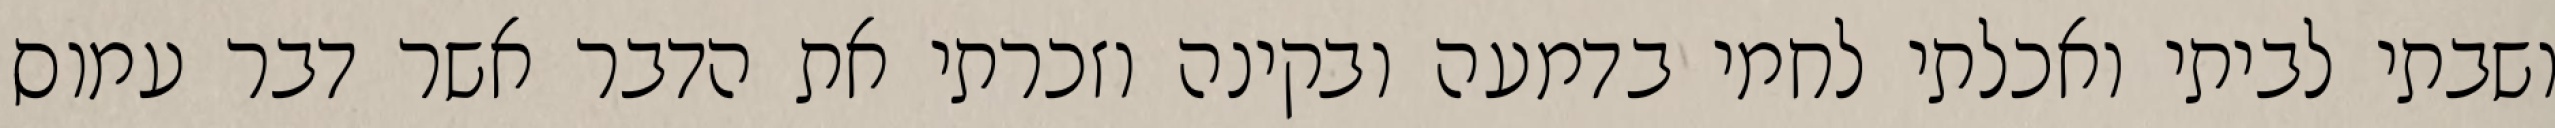
ושבתי לביתי ואכלתי לחמי בדמעה ובקינה וזכרתי את הדבר אשר דבר עמוס